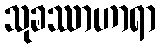
သုခဿာဟာရာ